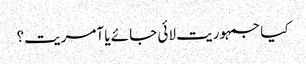
کیا جمہوریت لائی جائے یا آمریت؟